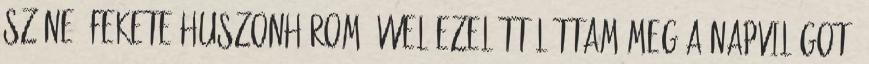
színe: fekete Huszonhárom évvel ezelőtt láttam meg a napvilágot,